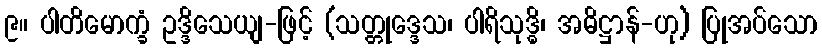
၉။ ပါတိမောက္ခံ ဥဒ္ဒိသေယျ-ဖြင့် (သတ္တုဒ္ဒေသ၊ ပါရိသုဒ္ဓိ၊ အဓိဋ္ဌာန်-ဟု) ပြုအပ်သော